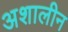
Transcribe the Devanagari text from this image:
अशालीन